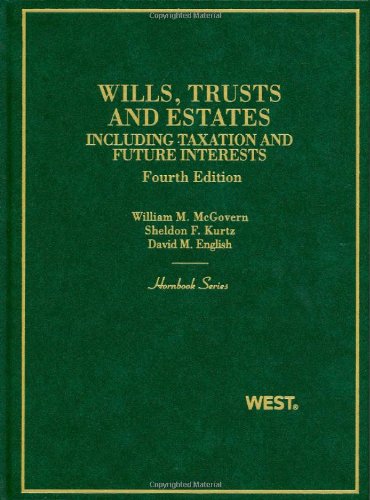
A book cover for Wills, Trusts and Estates, Including Taxation and Future Interests, 4th; William M. McGovern Jr.; Law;